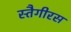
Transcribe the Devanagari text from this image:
स्तैगीरस